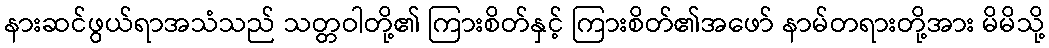
နားဆင်ဖွယ်ရာအသံသည် သတ္တဝါတို့၏ ကြားစိတ်နှင့် ကြားစိတ်၏အဖော် နာမ်တရားတို့အား မိမိသို့